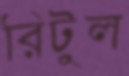
রিটুল